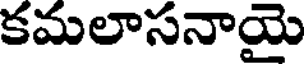
కమలాసనాయై